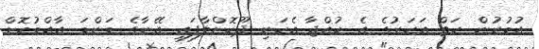
އުމުރުން ހަތް އަހަރުގެ އެ ކުއްޖާ އެކަނި ދޫކޮށްލާފައި އޭނާގެ މަންމަ އާއްމުކޮށް